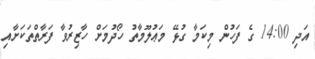
އަދި 14:00 ގެ ފަހުން މިކަމާ ގުޅޭ މަޢުލޫމާތު ހޯދުމަށް ހާޒިރުވާ ފަރާތްތަކަށާއި